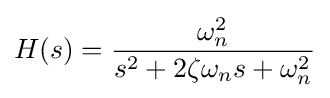
H(s)={\frac {\omega _{n}^{2}}{s^{2}+2\zeta \omega _{n}s+\omega _{n}^{2}}}